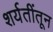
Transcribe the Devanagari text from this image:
शर्यतींतून